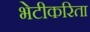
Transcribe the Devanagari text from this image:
भेटीकरिता